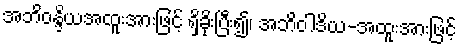
အဘိဝန္ဒိယအထူးအားဖြင့် ရှိခိုးပြီး၍၊ အဘိဝါဒိယ-အထူးအားဖြင့်